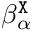
\beta _ { \alpha } ^ { \tt X }